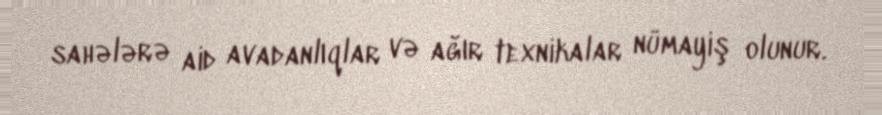
sahələrə aid avadanlıqlar və ağır texnikalar nümayiş olunur.